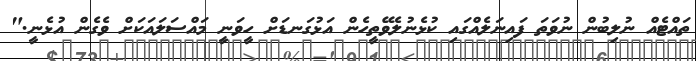
ތައްޓެއް ނުލިބުން ނުވަތަ ފައިނަލެއްގައި ކުޅެނުލެވޭތީހެން އަޅުގަނޑަށް ހީވަނީ މައްސަލައަކަށް ވެގެން އުޅެނީ."